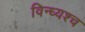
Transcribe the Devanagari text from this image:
विन्ध्यश्च